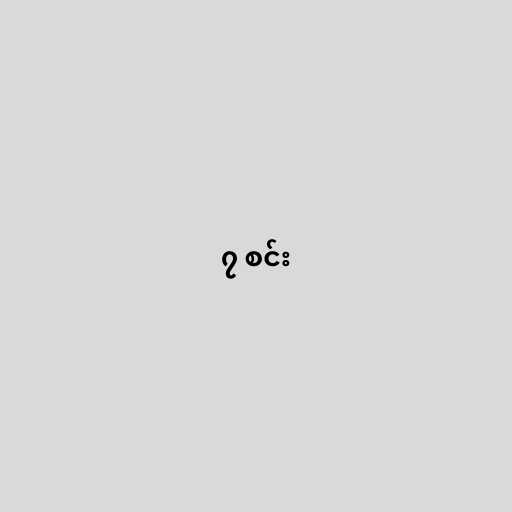
၇ စင်း